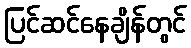
ပြင်ဆင်နေချိန်တွင်